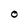
Character: O